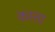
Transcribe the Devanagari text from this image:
कस्‍ता